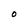
Character: O